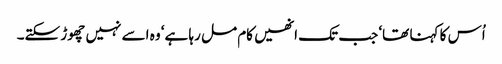
اُس کا کہنا تھا‘ جب تک انھیں کام مل رہا ہے‘ وہ اسے نہیں چھوڑ سکتے۔